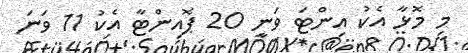
މި މޮޅާ އެކު އިންޓަ ވަނީ 20 ޕޮއިންޓާ އެކު 11 ވަނަ